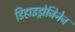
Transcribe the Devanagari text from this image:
डिहाइड्रोजिनेज